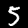
Label: 5